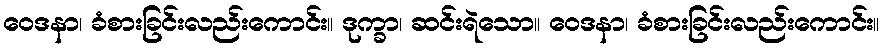
ဝေဒနာ၊ ခံစားခြင်းလည်းကောင်း။ ဒုက္ခာ၊ ဆင်းရဲသော။ ဝေဒနာ၊ ခံစားခြင်းလည်းကောင်း။